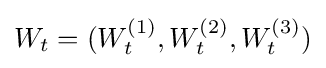
W_{t}=(W_{t}^{(1)},W_{t}^{(2)},W_{t}^{(3)})